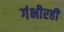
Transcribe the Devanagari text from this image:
गंभीरही